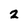
Character: 2